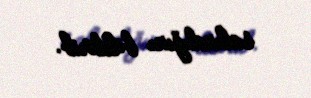
salındığını bildirib.